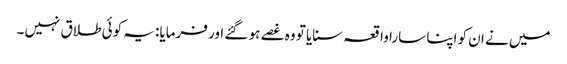
میں نے ان کو اپنا سارا واقعہ سنایا تو وہ غصے ہو گئے اور فرمایا: یہ کوئی طلاق نہیں۔